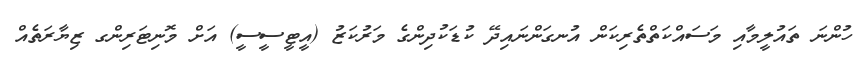
ހުންނަ ތައުލީމާއި މަސައްކަތްތެރިކަން އުނގަންނައިދޭ ކުޑަކުދިންގެ މަރުކަޒު (އީޓީސީސީ) އަށް މޮނިޓަރިންގ ޒިޔާރަތެއް